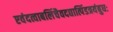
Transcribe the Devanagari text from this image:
एवंदत्वाबलिंचैवदद्यात्पिंडत्रयंबुधः